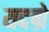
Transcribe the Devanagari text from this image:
यदग्रे